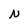
Character: N